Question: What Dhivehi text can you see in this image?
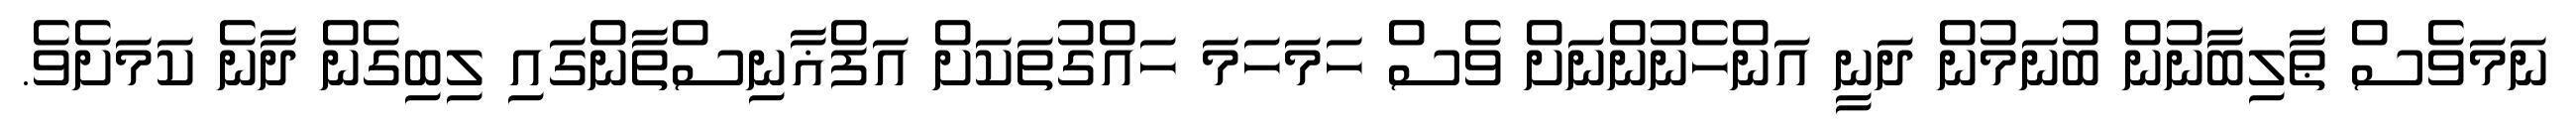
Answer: ނަމަވެސް ޠާލިބާނުން ބުނަމުން ދަނީ އަންހެނުންނަށް ވެސް ހަމަހަމަ ހައްގުތަކަށް އަފްޣާނިސްތާންގައި ލިބިގެން ދާނެ ކަމަށެވެ.